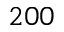
2 0 0